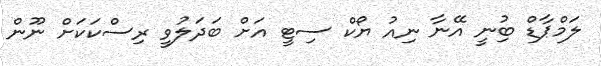
ލަމްޕާޑް ބުިނީ އޭނާ ނިއު ޔޯކް ސިޓީ އަށް ބަދަލުވީ ރިސްކަކަށް ނޫން